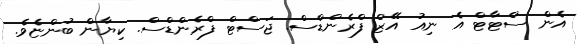
އެން ސްޓާޓް އެ ނިއު އޭޒް ފްރެންޑްސް. ޖަސްޓް ފްރެންޑްސް. ކިޔާން ބުންޏެވެ.